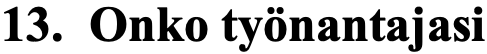
13. Onko työnantajasi